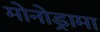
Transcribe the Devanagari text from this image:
मोनोड्रामा